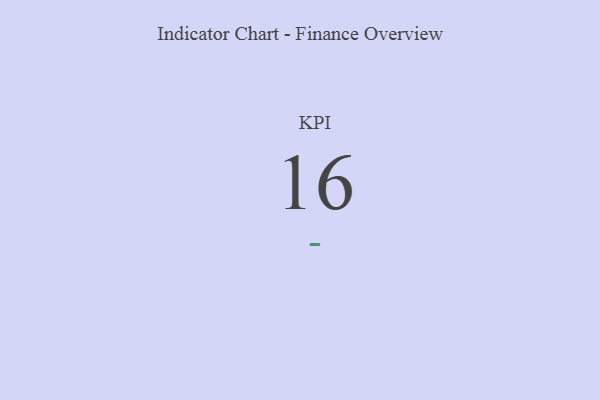
{"axis": {"x": "KPI", "y": "Value"}, "legend": [""], "data": [{"x": "KPI", "y": 16, "type": ""}]}